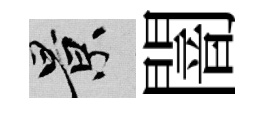
景闇